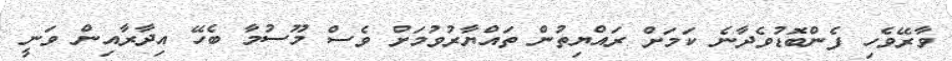
ވާރޭވެހި ފެންބޮޑުވެދާނެ ކަމަށް ރައްޔިތުން ތައްޔާރުވުމަށް ވެސް މޫސުމާ ބެހޭ އިދާރާއިން ވަނީ